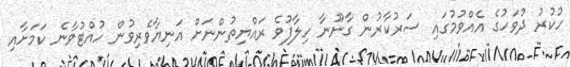
ހުކުރު ދުވަހުގެ އެއްވުމުގައި ސަރުކާރުން ގާނޫނާ ހިލާފުވެ ރައްޔިތުންނަށް އަނިޔާވެރިވުން ހުއްޓުވާނެ ކަމަށާއި